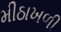
મીઠાખળી